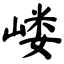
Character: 嵝